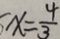
x = \frac { 4 } { 3 }